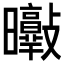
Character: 𣌘